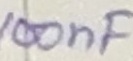
Text: 100nF